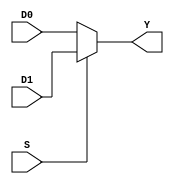
`timescale 1ns / 1ps

// 64-bit 2x1 multiplexer
module mux64 (D0, D1, S, Y);
    output reg [63:0] Y;
    input [63:0] D0, D1;
    input S;
    
    always @ (D0, D1, S) begin
        if (S)
            Y = D1;
        else
            Y = D0;
    end
endmodule

// 32-bit 2x1 multiplexer
module mux32 (D0, D1, S, Y);
    output reg [31:0] Y;
    input [31:0] D0, D1;
    input S;
    
    always @ (D0, D1, S) begin
        if (S)
            Y = D1;
        else
            Y = D0;
    end
endmodule

// 6-bit 2x1 multiplexer for shift amount
module shiftMux (D0, D1, S, Y);
    output reg [5:0] Y;
    input [5:0] D0, D1;
    input S;
    
    always @ (D0, D1, S) begin
        if (S)
            Y = D1;
        else
            Y = D0;
    end
endmodule